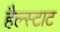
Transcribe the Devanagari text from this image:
हैल्स्टाट